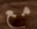
مع